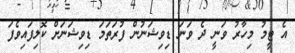
އެ ޓީމު މިހާރު ވަނީ ދެ ވަނަ ޑިވިޝަނުން ފުރަތަމަ ޑިވިޝަނަށް ކޮލިފައިވެފަ